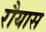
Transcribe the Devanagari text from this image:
रौयास